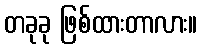
တခုခု ဖြစ်ထားတာလား။